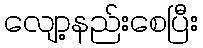
လျော့နည်းစေပြီး